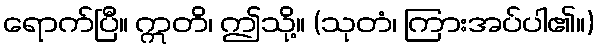
ရောက်ပြီ။ ဣတိ၊ ဤသို့။ (သုတံ၊ ကြားအပ်ပါ၏။)